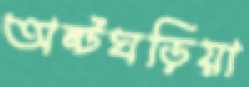
অষ্টঘড়িয়া